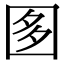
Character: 𡇘